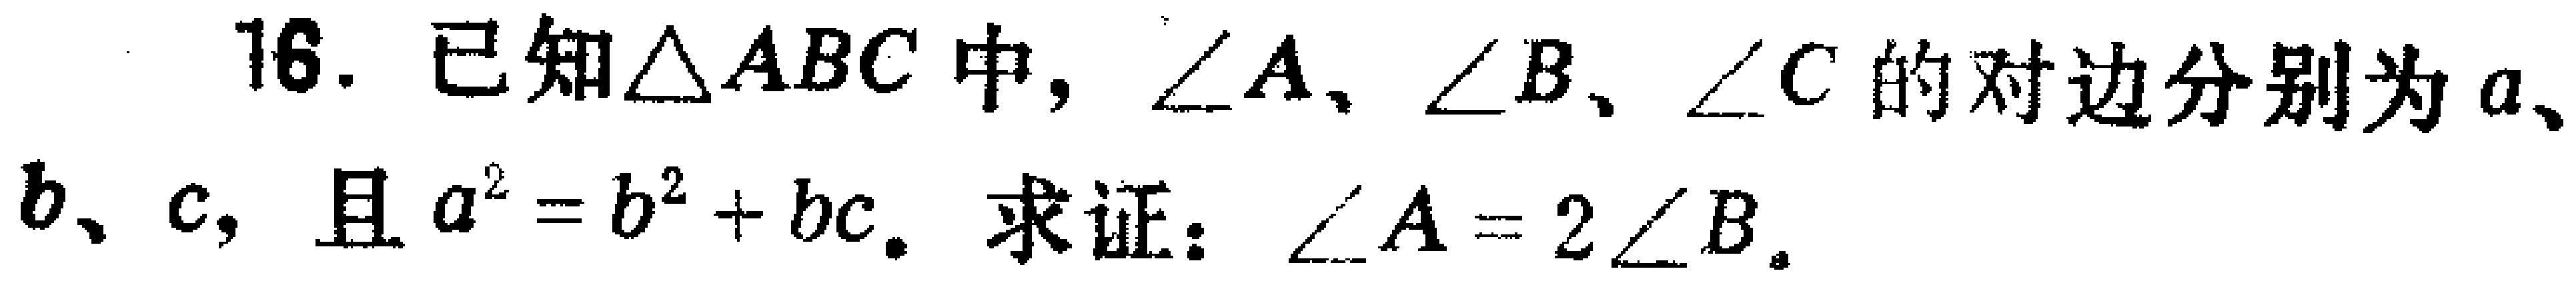
16. 已知\(\triangle ABC\)中，\(\angle A\)、\(\angle B\)、\(\angle C\)的对边分别为\(a\)、\(b\)、\(c\)，且\(a^{2}=b^{2}+bc\)。求证：\(\angle A = 2\angle B\)。